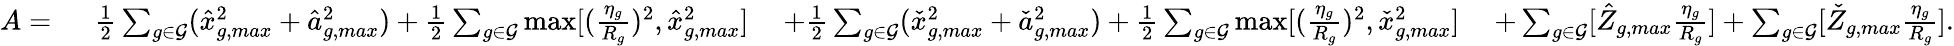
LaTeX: \begin{array}{rlrl}{A=~}&{\frac{1}{2}\sum_{g\in{\mathcal{G}}}(\hat{x}_{g,max}^{2}+\hat{a}_{g,max}^{2})+\frac{1}{2}\sum_{g\in{\mathcal{G}}}\operatorname*{max}[(\frac{\eta_{g}}{R_{g}})^{2},\hat{x}_{g,max}^{2}]\ }&{+\frac{1}{2}\sum_{g\in{\mathcal{G}}}(\check{x}_{g,max}^{2}+\check{a}_{g,max}^{2})+\frac{1}{2}\sum_{g\in{\mathcal{G}}}\operatorname*{max}[(\frac{\eta_{g}}{R_{g}})^{2},\check{x}_{g,max}^{2}]\ }&{+\sum_{g\in\mathcal{G}}[\hat{Z}_{g,max}\frac{\eta_{g}}{R_{g}}]+\sum_{g\in\mathcal{G}}[\check{Z}_{g,max}\frac{\eta_{g}}{R_{g}}].}\end{array}